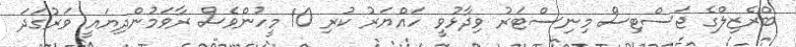
ބްރެޒިލްގެ ޖަސްޓިސް މިނިސްޓަރު ވިދާޅުވީ ހައްޔަރު ކުރި 10 މީހުންވެސް ރާވަމުންދިޔައީ ވަރުގަދަ